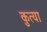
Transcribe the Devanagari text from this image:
कुत्या